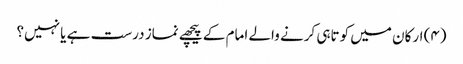
(۴) ارکان میں کوتاہی کرنے والے امام کے پیچھے نماز درست ہے یا نہیں؟